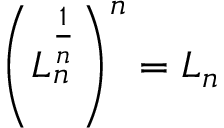
\left( L _ { n } ^ { \frac { 1 } { n } } \right) ^ { n } = L _ { n }